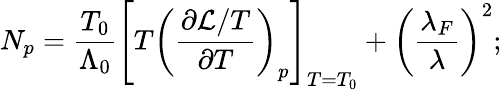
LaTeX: N_{p}=\frac{T_{0}}{\Lambda_{0}}\left[T\left(\frac{\partial\mathcal{L}/T}{\partial T}\right)_{p}\right]_{T=T_{0}}+\left(\frac{\lambda_{F}}{\lambda}\right)^{2};